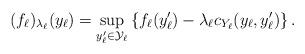
LaTeX: \begin{align*}(f_\ell)_{\lambda_\ell}(y_\ell) = \sup_{ y_\ell^\prime \in \mathcal{Y}_\ell } \left\{ f_\ell(y_\ell^{\prime})-\lambda_\ell c_{Y_\ell}(y_{\ell}, y_{\ell}')\right\}.\end{align*}